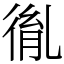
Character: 㣧